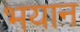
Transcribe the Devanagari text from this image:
भयान